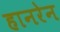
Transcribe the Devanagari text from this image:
हानरेन